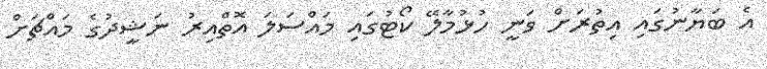
އެ ބަޔާނުގައި އިތުރަށް ވަނީ ހުޅުމާލޭ ކޯޓުގައި މައްސަލަ އޮތްއިރު ނަޝީދުގެ މައްޗަށް